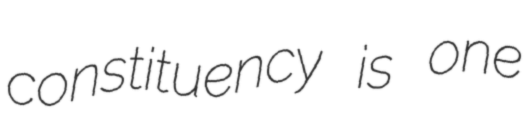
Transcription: constituency is one